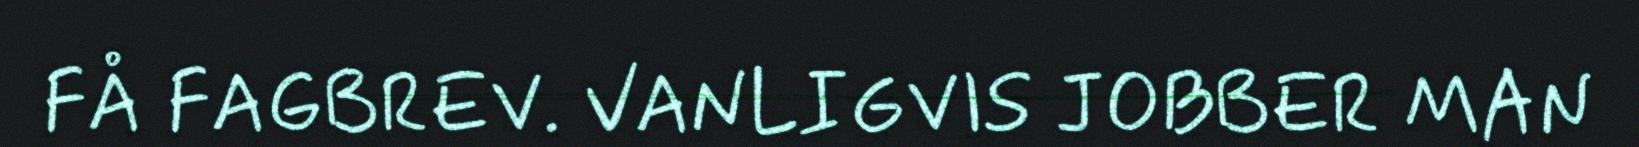
FÅ FAGBREV. VANLIGVIS JOBBER MAN